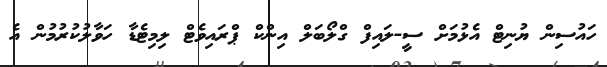
ހައުސިން ޔުނިޓް އެޅުމަށް ސީ-ލައިފް ގްލޯބަލް އިންކް ޕްރައިވެޓް ލިމިޓެޑާ ހަވާލުކުުރުމުން އެ